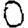
Digit: 0